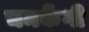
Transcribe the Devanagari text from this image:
चमकेंगी